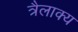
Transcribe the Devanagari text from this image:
त्रैलाक्य